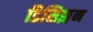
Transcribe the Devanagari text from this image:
डिसिझ़न